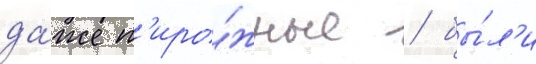
да́же п'иро́жные / бы́л'и